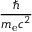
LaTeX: \frac { \hbar } { m _ { \mathrm { e } } c ^ { 2 } }